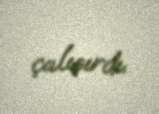
çalışırdı.